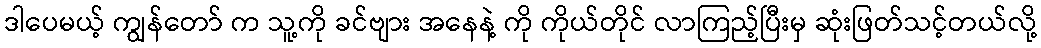
ဒါပေမယ့် ကျွန်တော် က သူ့ကို ခင်ဗျား အနေနဲ့ ကို ကိုယ်တိုင် လာကြည့်ပြီးမှ ဆုံးဖြတ်သင့်တယ်လို့